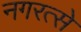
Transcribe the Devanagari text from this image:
नगरत्से